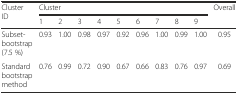
<table><thead><tr><td rowspan="2"><b>Cluster ID</b></td><td colspan="9"><b>Cluster</b></td><td rowspan="2"><b>Overall</b></td></tr><tr><td><b>1</b></td><td><b>2</b></td><td><b>3</b></td><td><b>4</b></td><td><b>5</b></td><td><b>6</b></td><td><b>7</b></td><td><b>8</b></td><td><b>9</b></td></tr></thead><tbody><tr><td>Subset-bootstrap (7.5 %)</td><td>0.93</td><td>1.00</td><td>0.98</td><td>0.97</td><td>0.92</td><td>0.96</td><td>1.00</td><td>0.99</td><td>1.00</td><td>0.95</td></tr><tr><td>Standard bootstrap method</td><td>0.76</td><td>0.99</td><td>0.72</td><td>0.90</td><td>0.67</td><td>0.66</td><td>0.83</td><td>0.76</td><td>0.97</td><td>0.69</td></tr></tbody></table>